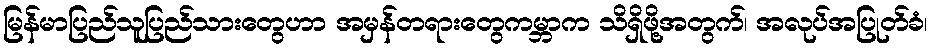
မြန်မာပြည်သူပြည်သားတွေဟာ အမှန်တရားတွေကမ္ဘာက သိရှိဖို့အတွက်၊ အလုပ်အပြုတ်ခံ၊